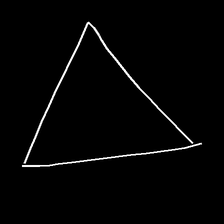
Glyph: convergence